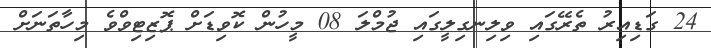
24 ގަޑިއިރު ތެރޭގައި ވިލިނގިލީގައި ޖުމްލަ 08 މީހުން ކޮވިޑަށް ޕޮޒިޓިވްވެ މިހާތަނަށް